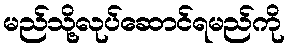
မည်သို့လုပ်ဆောင်ရမည်ကို